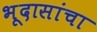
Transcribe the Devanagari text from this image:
भूदासांचा